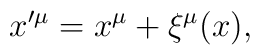
x^{\prime \mu }=x^{\mu }+\xi ^{\mu }(x),